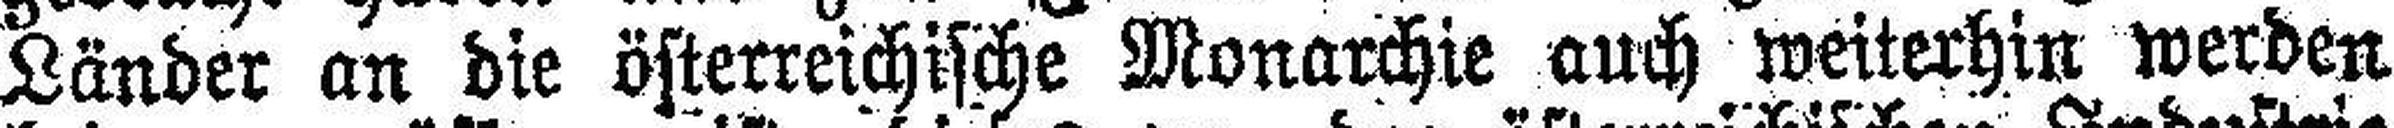
Länder an die österreichische Monarchie auch weiterhin werden